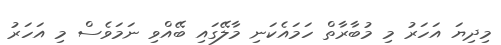
މިދިޔަ އަހަރު މި މުބާރާތް ހަމައެކަނި މާލޭގައި ބޭއްވި ނަމަވެސް މި އަހަރު